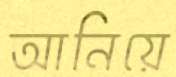
আনিয়ে